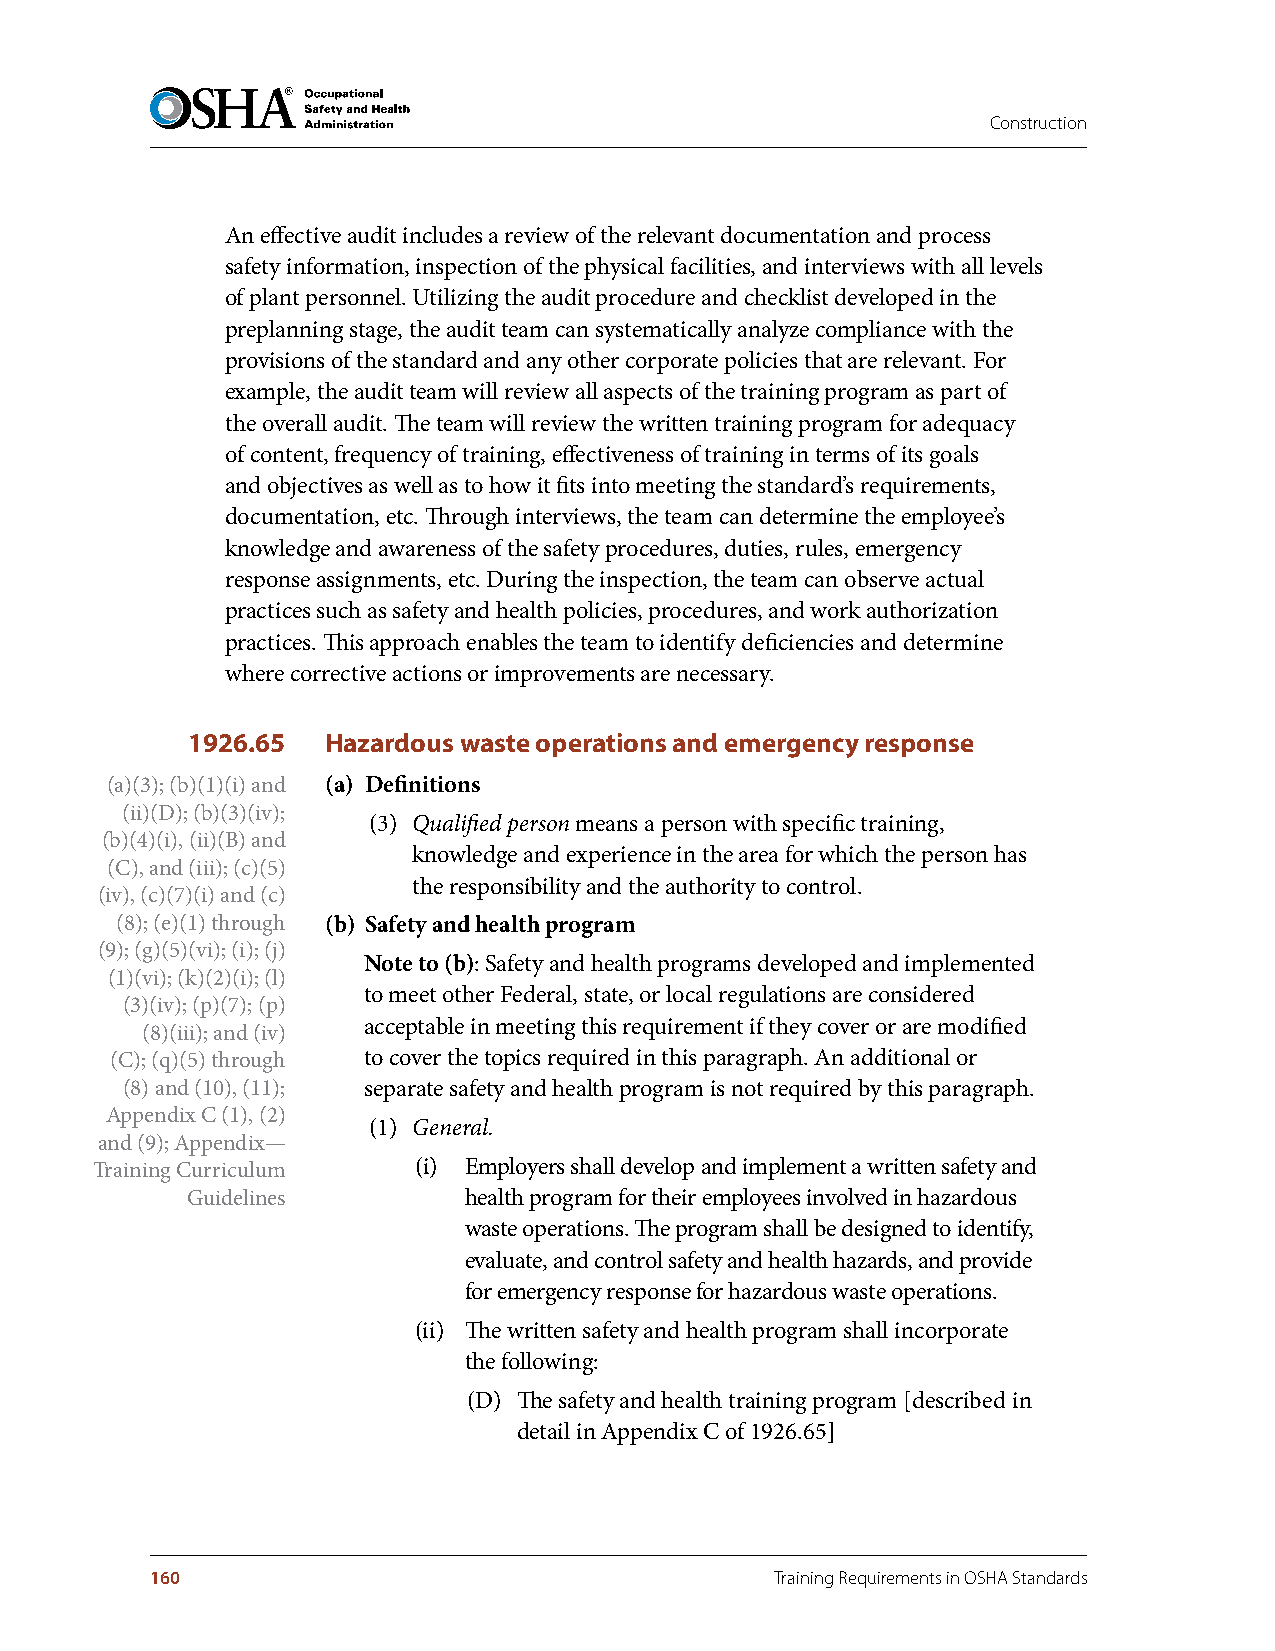
Construction
 An effective audit includes a review of the relevant documentation and process
 safety information, inspection of the physical facilities, and interviews with all levels
 of plant personnel. Utilizing the audit procedure and checklist developed in the
 preplanning stage, the audit team can systematically analyze compliance with the
 provisions of the standard and any other corporate policies that are relevant. For
 example, the audit team will review all aspects of the training program as part of
 the overall audit. The team will review the written training program for adequacy
 of content, frequency of training, effectiveness of training in terms of its goals
 and objectives as well as to how it fits into meeting the standard’s requirements,
 documentation, etc. Through interviews, the team can determine the employee’s
 knowledge and awareness of the safety procedures, duties, rules, emergency
 response assignments, etc. During the inspection, the team can observe actual
 practices such as safety and health policies, procedures, and work authorization
 practices. This approach enables the team to identify deficiencies and determine
 where corrective actions or improvements are necessary.
 1926.65   Hazardous waste operations and emergency response
 (a)(3); (b)(1)(i) and (a) Definitions
 (ii)(D); (b)(3)(iv);
 (3) Qualified person means a person with specific training,
 (b)(4)(i), (ii)(B) and
 knowledge and experience in the area for which the person has
 (C), and (iii); (c)(5)
 the responsibility and the authority to control.
 (iv), (c)(7)(i) and (c)
 (8); (e)(1) through (b) Safety and health program
 (9); (g)(5)(vi); (i); (j)
 Note to (b): Safety and health programs developed and implemented
 (1)(vi); (k)(2)(i); (l)
 to meet other Federal, state, or local regulations are considered
 (3)(iv); (p)(7); (p)
 acceptable in meeting this requirement if they cover or are modified
 (8)(iii); and (iv)
 (C); (q)(5) through to cover the topics required in this paragraph. An additional or
 (8) and (10), (11); separate safety and health program is not required by this paragraph.
 Appendix C (1), (2)
 (1) General.
 and (9); Appendix—
 Training Curriculum  (i) Employers shall develop and implement a written safety and
 Guidelines         health program for their employees involved in hazardous
 waste operations. The program shall be designed to identify,
 evaluate, and control safety and health hazards, and provide
 for emergency response for hazardous waste operations.
 (ii) The written safety and health program shall incorporate
 the following:
 (D) The safety and health training program [described in
 detail in Appendix C of 1926.65]
 160                                      Training Requirements in OSHA Standards